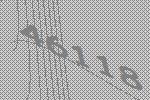
46118